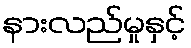
နားလည်မှုနှင့်